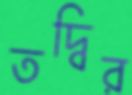
তদ্বির